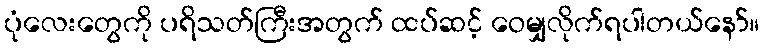
ပုံလေးတွေကို ပရိသတ်ကြီးအတွက် ထပ်ဆင့် ဝေမျှလိုက်ရပါတယ်နော်။